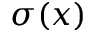
\sigma ( x )